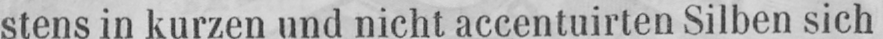
stens in kurzen und nicht accentuirten Silben sich